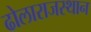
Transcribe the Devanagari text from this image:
ढोलाराजस्थान